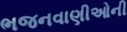
ભજનવાણીઓની